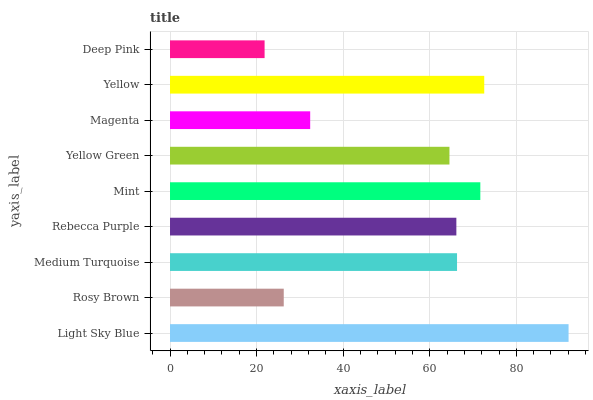
| yaxis_label | bars |
 | --- | --- |
 | Light Sky Blue | 92.1 |
 | Rosy Brown | 26.3 |
 | Medium Turquoise | 66.3 |
 | Rebecca Purple | 66.1 |
 | Mint | 71.7 |
 | Yellow Green | 64.6 |
 | Magenta | 32.4 |
 | Yellow | 72.6 |
 | Deep Pink | 21.9 |